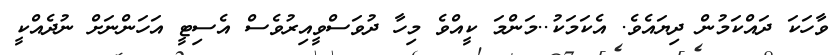
ވާހަކަ ދައްކަމުން ދިޔައެވެ. އެކަމަކު..މަންމަ ކީއްވެ މިހާ ދުވަސްވީއިރުވެސް އެސިޓީ އަހަންނަށް ނުދެއްކީ